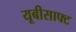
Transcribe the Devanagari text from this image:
यूबीसाफ्ट